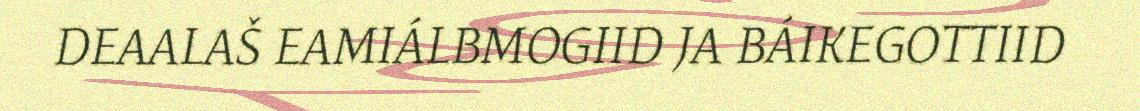
DEAALAŠ EAMIÁLBMOGIID JA BÁIKEGOTTIID